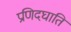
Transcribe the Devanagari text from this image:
प्रणिदघाति